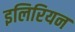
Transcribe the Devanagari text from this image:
इलिरियन